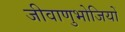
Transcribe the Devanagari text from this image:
जीवाणुभोजियों